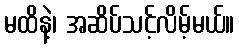
မထိနဲ့၊ အဆိပ်သင့်လိမ့်မယ်။